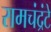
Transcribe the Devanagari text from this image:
रामचंद्रंटे